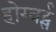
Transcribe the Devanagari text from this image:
होग्वर्ट्स